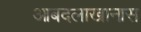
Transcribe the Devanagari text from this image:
आबदलाखानास